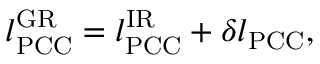
\begin{array} { r } { l _ { \mathrm { P C C } } ^ { \mathrm { G R } } = l _ { \mathrm { P C C } } ^ { \mathrm { I R } } + \delta l _ { \mathrm { P C C } } , } \end{array}